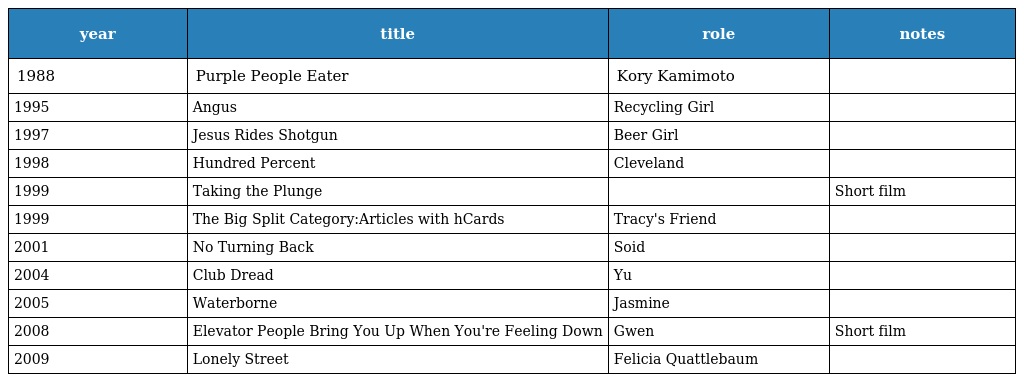
| year | title | role | notes |
 | --- | --- | --- | --- |
 | 1988 | Purple People Eater | Kory Kamimoto |  |
 | 1995 | Angus | Recycling Girl |  |
 | 1997 | Jesus Rides Shotgun | Beer Girl |  |
 | 1998 | Hundred Percent | Cleveland |  |
 | 1999 | Taking the Plunge |  | Short film |
 | 1999 | The Big Split Category:Articles with hCards | Tracy's Friend |  |
 | 2001 | No Turning Back | Soid |  |
 | 2004 | Club Dread | Yu |  |
 | 2005 | Waterborne | Jasmine |  |
 | 2008 | Elevator People Bring You Up When You're Feeling Down | Gwen | Short film |
 | 2009 | Lonely Street | Felicia Quattlebaum |  |